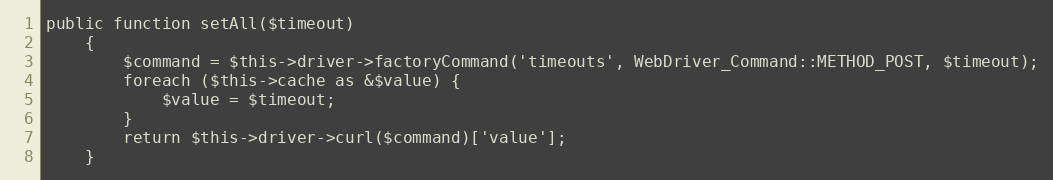
Language: PHP
public function setAll($timeout)
    {
        $command = $this->driver->factoryCommand('timeouts', WebDriver_Command::METHOD_POST, $timeout);
        foreach ($this->cache as &$value) {
            $value = $timeout;
        }
        return $this->driver->curl($command)['value'];
    }